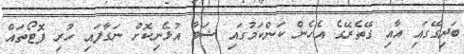
ބަދިގޭގައި އާއި ގޭތެރޭގެ އެހެން ކަންކަމުގައި ޝަބާ އުޅެނިކޮށް ނަގާފައި ހުރި ފޮޓޯތައް